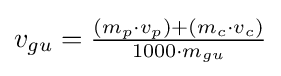
v_{gu}={\tfrac {(m_{p}\cdot v_{p})+(m_{c}\cdot v_{c})}{1000\cdot m_{gu}}}